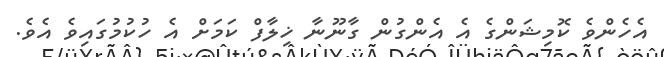
އެހެންވެ ކޮމިޝަންގެ އެ އެންގުން ގާނޫނާ ޚިލާފް ކަމަށް އެ ހުކުމުގައިވެ އެވެ.